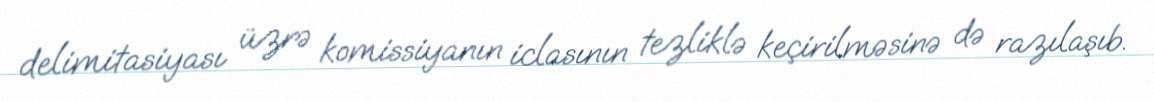
delimitasiyası üzrə komissiyanın iclasının tezliklə keçirilməsinə də razılaşıb.